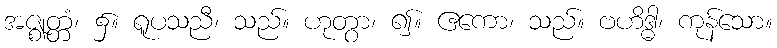
အဇ္ဈတ္တံ၊ ၌။ ရူပသညီ၊ သည်။ ဟုတွာ၊ ၍။ ဧကော၊ သည်။ ဗဟိဒ္ဓါ၊ ကုန်သော။